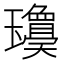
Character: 𱰃